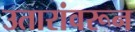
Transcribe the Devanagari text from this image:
उतारांवरून